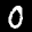
Digit: 0